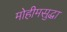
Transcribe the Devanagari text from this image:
मोहीमसुद्धा